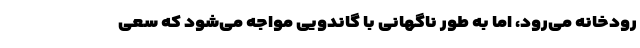
رودخانه می‌رود، اما به طور ناگهانی با گاندویی مواجه می‌شود که سعی